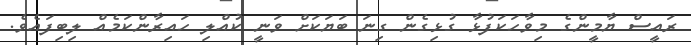
ރައީސް ޔާމީންގެ މިވާހަކަފުޅާ ގުޅިގެން ގިނަ ބަޔަކަށް ވަނީ ކުއްލި ހައިރާންކަމެއް ލިބިފައެވެ.